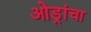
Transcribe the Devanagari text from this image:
ओड्रांचा